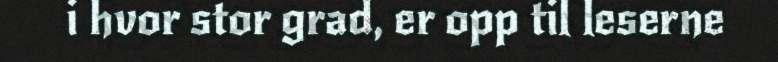
i hvor stor grad, er opp til leserne